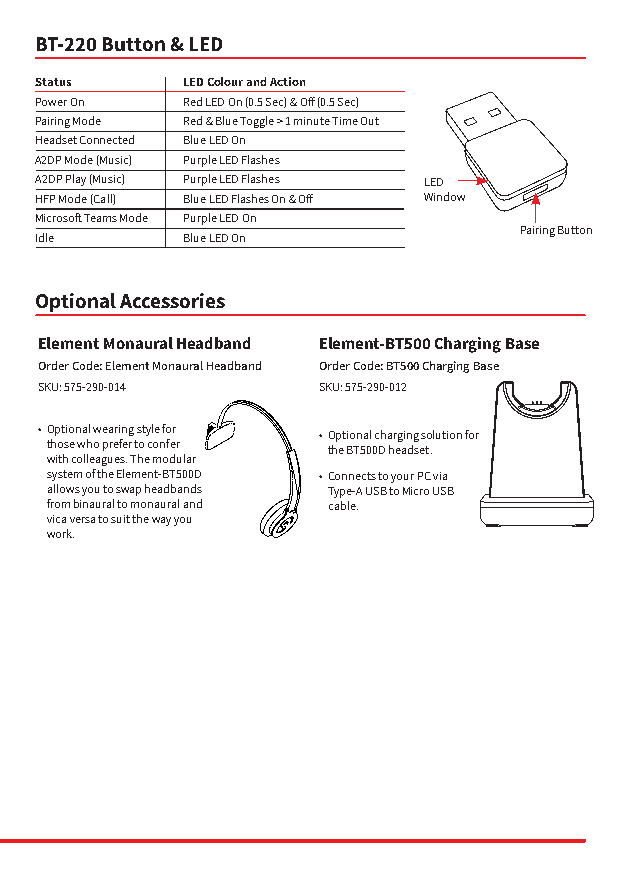
BT-220 Button & LED
 Status    LED Colour and Action
 Power On  Red LED On (0.5 Sec) & Off (0.5 Sec)
 Pairing Mode Red & Blue Toggle > 1 minute Time Out
 Button 4 Headset Connected Blue LED On
 A2DP Mode (Music) Purple LED Flashes
 A2DP Play (Music) Purple LED Flashes LED
 HFP Mode (Call) Blue LED Flashes On & Off Window
 Microsoft Teams Mode Purple LED On
 Pairing Button
 Idle      Blue LED On
 Optional Accessories
 Element Monaural Headband Element-BT500 Charging Base
 Order Code: Element Monaural Headband Order Code: BT500 Charging Base
 SKU: 575-290-014  SKU: 575-290-012
 • Optional wearing style for • Optional charging solution for
 those who prefer to confer the BT500D headset.
 with colleagues. The modular
 system of the Element-BT500D • Connects to your PC via
 allows you to swap headbands Type-A USB to Micro USB
 from binaural to monaural and cable.
 vica versa to suit the way you
 work.